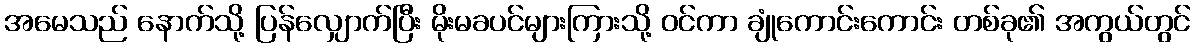
အမေသည် နောက်သို့ ပြန်လျှောက်ပြီး မိုးမခပင်များကြားသို့ ဝင်ကာ ချုံကောင်းကောင်း တစ်ခု၏ အကွယ်တွင်